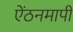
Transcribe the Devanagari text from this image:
ऐंठनमापी